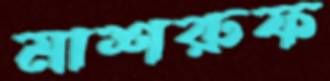
মাশরুফ